Elephants and their diseases
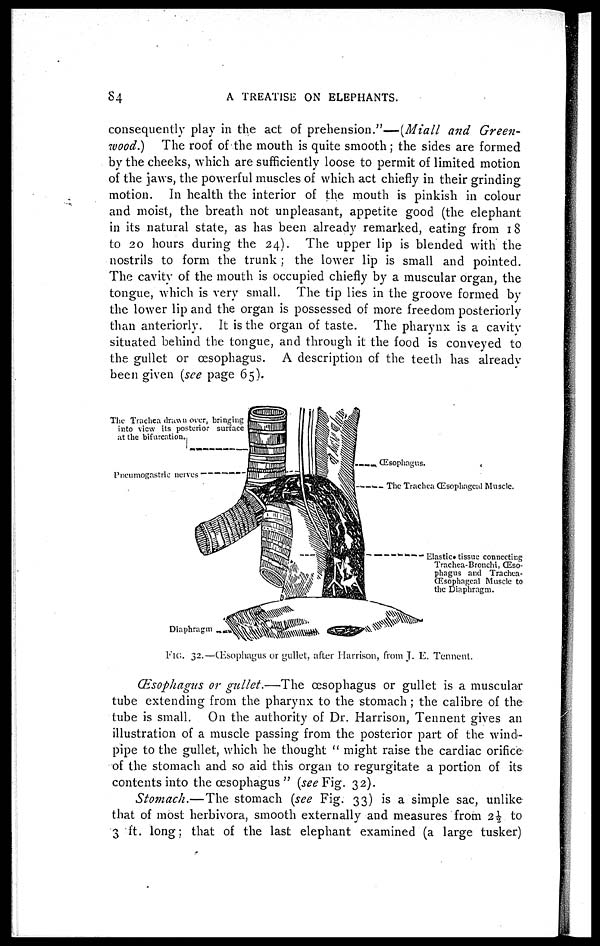
84
A TREATISE ON ELEPHANTS.
consequently play in the act of prehension."—(Miall and Green-
wood)
The roof of the mouth is quite smooth; the sides are formed
by the cheeks, which are sufficiently loose to permit of limited motion
of the jaws, the powerful muscles of which act chiefly in their grinding
motion. In health the interior of the mouth is pinkish in colour
and moist, the breath not unpleasant, appetite good (the elephant
in its natural state, as has been already remarked, eating from 18
to 20 hours during the 24). The upper lip is blended with the
nostrils to form the trunk; the lower lip is small and pointed.
The cavity of the mouth is occupied chiefly by a muscular organ, the
tongue, which is very small. The tip lies in the groove formed by
the lower lip and the organ is possessed of more freedom posteriorly
than anteriorly. It is the organ of taste. The pharynx is a cavity
situated behind the tongue, and through it the food is conveyed to
the gullet or œsophagus. A description of the teeth has alreadv
been given (see page 65).
Œsophagus or gullet.—The œsophagus or gullet is a muscular
tube extending from the pharynx to the stomach ; the calibre of the
tube is small. On the authority of Dr. Harrison, Tennent gives an
illustration of a muscle passing from the posterior part of the wind-
pipe to the gullet, which he thought u might raise the cardiac orifice
of the stomach and so aid this organ to regurgitate a portion of its
contents into the œsophagus " (see Fig. 32).
Stomach.—The stomach (see Fig. 33) is a simple sac, unlike
that of most herbivora, smooth externally and measures from 2½ to
3 ft. long; that of the last elephant examined (a large tusker)
FIG. 32.—(Esophagus or gullet, after Harrison, from J. E. Tennent.